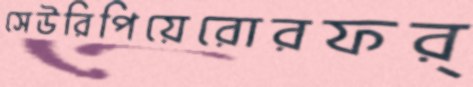
সেউরিপিয়েরোরফর্